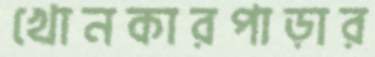
খোনকারপাড়ার